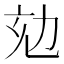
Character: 𠡌